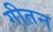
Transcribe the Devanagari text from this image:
गीतन